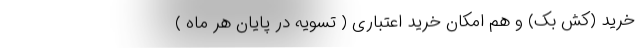
خرید (کَش بَک) و هم امکان خرید اعتباری ( تسویه در پایان هر ماه )